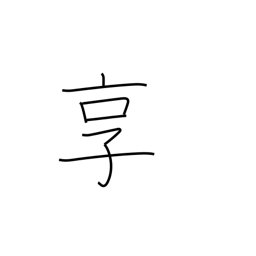
Meaning: get